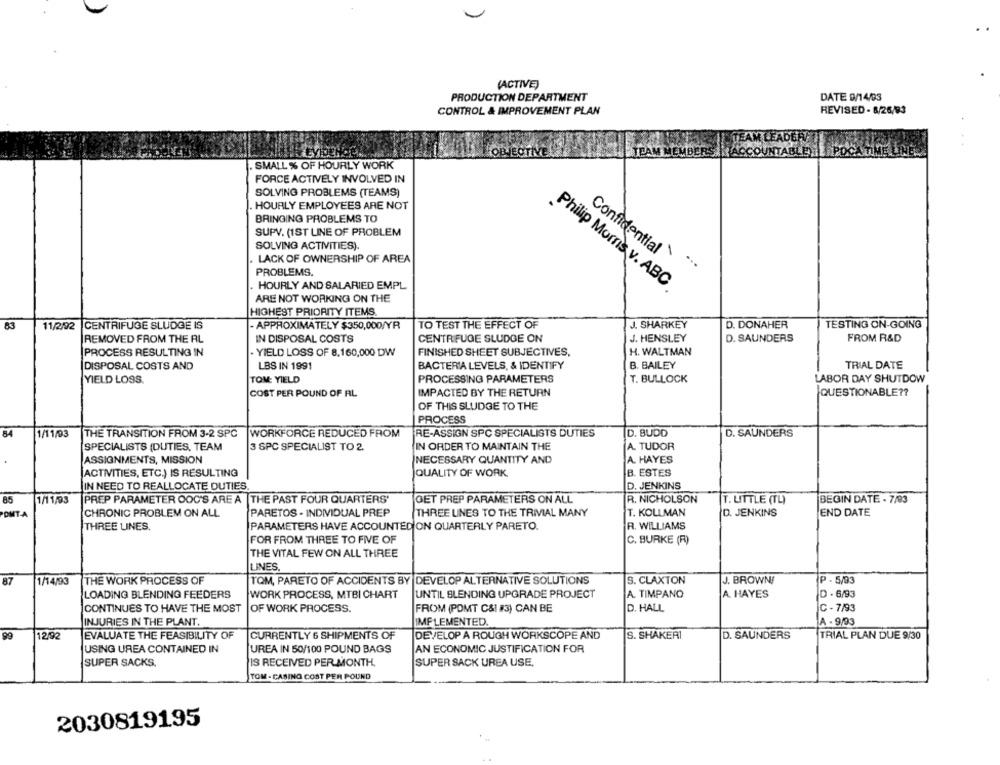
(ACTIVE)
PRODUCTION DEPARTMENT
DATE 9/14/93
CONTROL & IMPROVEMENT PLAN
REVISED - 8/26/83
ALFA
FOBJECTIVE
TEAM MEMBERS.
.SMALL % OF HOURLY WORK
FORCE ACTIVELY INVOLVED IN
SOLVING PROBLEMS (TEAMS)
HOURLY EMPLOYEES ARE NOT
BRINGING PROBLEMS TO
SUPV. (1ST LINE OF PROBLEM
SOLVING ACTIVITIES).
Confidential
LACK OF OWNERSHIP OF AREA
PROBLEMS.
Philip Morris v. ABC
. HOURLY AND SALARIED EMPL
ARE NOT WORKING ON THE
HIGHEST PRIORITY ITEMS.
83
11/2/02
CENTRIFUGE SLUDGE IS
- APPROXIMATELY $350,000/YR
TO TEST THE EFFECT OF
J. SHARKEY
D. DONAHER
TESTING ON-GOING
J. HENSLEY
FROM R&D
REMOVED FROM THE AL
IN DISPOSAL COSTS
CENTRIFUGE SLUDGE ON
D. SAUNDERS
PROCESS RESULTING IN
YIELD LOSS OF 8.160,000 DW
FINISHED SHEET SUBJECTIVES,
H. WALTMAN
DISPOSAL COSTS AND
LBS IN 1991
BACTERIA LEVELS, & IDENTIFY
B. BAILEY
TRIAL DATE
YIELD LOSS.
TOM: YIELD
PROCESSING PARAMETERS
T. BULLOCK
LABOR DAY SHUTDOW
COST PER POUND OF AL
IMPACTED BY THE RETURN
QUESTIONABLE ??
OF THIS SLUDGE TO THE
PROCESS
1/11/93
THE TRANSITION FROM 3-2 SPC WORKFORCE REDUCED FROM
RE-ASSIGN SPC SPECIALISTS DUTIES
D. BUDD
D. SAUNDERS
SPECIALISTS (DUTIES, TEAM
3 SPC SPECIALIST TO 2.
IN ORDER TO MAINTAIN THE
A. TUDOR
ASSIGNMENTS, MISSION
NECESSARY QUANTITY AND
A. HAYES
ACTIVITIES, ETC.) IS RESULTING
QUALITY OF WORK.
B. ESTES
IN NEED TO REALLOCATE DUTIES.
D. JENKINS
85
1/11/93
PREP PARAMETER OOC'S ARE A |THE PAST FOUR QUARTERS'
GET PREP PARAMETERS ON ALL
R. NICHOLSON
T. LITTLE (TL)
BEGIN DATE - 7/93
PARETOS - INDIVIDUAL PREP
THREE UNES TO THE TRIVIAL MANY
T. KOLLMAN
D. JENKINS
END DATE
PONTA
CHRONIC PROBLEM ON ALL
THREE LINES.
PARAMETERS HAVE ACCOUNTED ON QUARTERLY PARETO.
R. WILLIAMS
FOR FROM THREE TO FIVE OF
C. BURKE (R)
THE VITAL FEW ON ALL THREE
LINES.
87
1/14/93
THE WORK PROCESS OF
TOM, PARETO OF ACCIDENTS BY DEVELOP ALTERNATIVE SOLUTIONS
S. CLAXTON
J. BROWNI
P - 5/93
LOADING BLENDING FEEDERS
WORK PROCESS, MTBI CHART
UNTIL BLENDING UPGRADE PROJECT
A. TIMPANO
A. HAYES
D - 6/93
CONTINUES TO HAVE THE MOST
OF WORK PROCESS.
FROM (POMT C& #3) CAN BE
D. HALL
C - 7/93
INJURIES IN THE PLANT.
IMPLEMENTED.
A - 9/93
99
12/9
EVALUATE THE FEASIBILITY OF
CURRENTLY 6 SHIPMENTS OF
DEVELOP A ROUGH WORKSCOPE AND
S. SHAKERI
D. SAUNDERS
TRIAL PLAN DUE 9/30
USING UREA CONTAINED IN
UREA IN 50/100 POUND BAGS
AN ECONOMIC JUSTIFICATION FOR
SUPER SACKS.
IS RECEIVED PER MONTH.
SUPER SACK UREA USE.
TOM - CASING COST PER POUND
2030819195